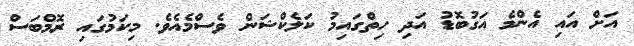
އަށް އައި އެންމެ އަގުބޮޑު އަދި ހިތްގައިމު ކަލެކްޝަން ވެސްމެއެވެ. މިކަމުގައި ރޮމްބަސް